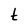
Character: t